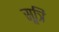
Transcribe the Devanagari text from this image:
सूत्रि